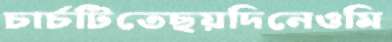
চার্চটিতেছয়দিনেওমি